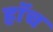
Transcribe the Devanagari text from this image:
हाॅच